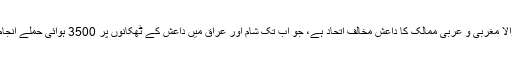
ہمارے اس دعوے کا زندہ ثبوت امریکہ کی سربراہی میں بننے والا مغربی و عربی ممالک کا داعش مخالف اتحاد ہے، جو اب تک شام اور عراق میں داعش کے ٹھکانوں پر 3500 ہوائی حملے انجام دینے کے باوجود اس دہشت گرد گروہ کو شکست نہیں دے سکا۔